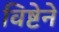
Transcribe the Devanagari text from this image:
विष्टेने